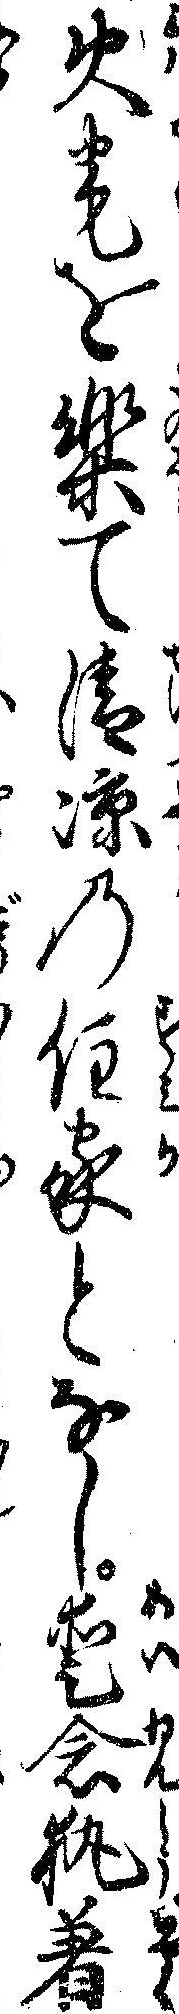
火宅を楽て清涼の住家となし愛念執着